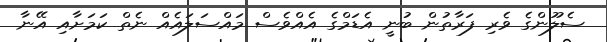
ސެލޫންގެ ވެރި ފަރާތުން ބުނީ އެޑަމްގެ އެއްވެސް މައްސަލައެއް ނެތް ކަމަށާއި އޭނާ